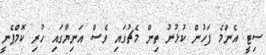
ސިޓީ އެންމެ ފަހުން ކުޅުނު ތިން މެޗުގައި ވެސް އަނިޔާގައި ހުރި ކޮމްޕެނީ